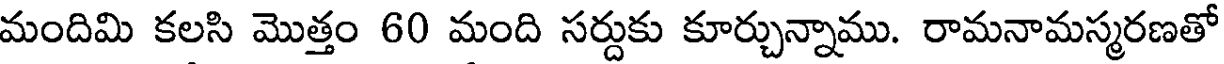
మందిమి కలసి మొత్తం 60 మంది సర్దుకు కూర్చున్నాము. రామనామస్మరణతో